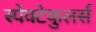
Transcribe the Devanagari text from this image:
स्पेक्टेकुलर्स